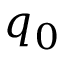
q _ { 0 }